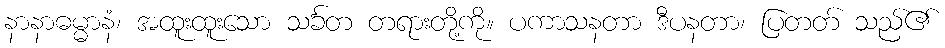
နာနာဓမ္မာနံ၊ အထူးထူးသော သင်္ခတ တရားတို့ကို။ ပကာသနတာ ဒီပနတာ၊ ပြတတ် သည်၏